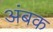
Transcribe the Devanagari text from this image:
अंबक